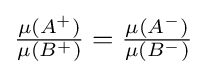
{\textstyle {\frac {\mu (A^{+})}{\mu (B^{+})}}={\frac {\mu (A^{-})}{\mu (B^{-})}}}